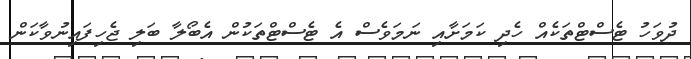
ދުވަހު ޓެސްޓްތަކެއް ހެދި ކަމަށާއި ނަމަވެސް އެ ޓެސްޓްތަކުން އެބޯލާ ބަލި ޖެހިފައިނުވާކަން